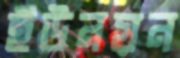
ইউনয়ন